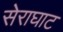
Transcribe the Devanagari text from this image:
सेराघाट